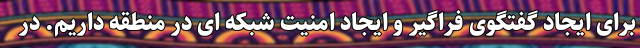
برای ایجاد گفتگوی فراگیر و ایجاد امنیت شبکه ای در منطقه داریم. در